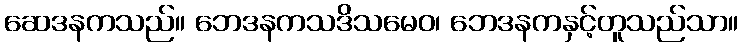
ဆေဒနကသည်။ ဘေဒနကသဒိသမေဝ၊ ဘေဒနကနှင့်တူသည်သာ။